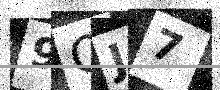
Text: 9OJ7